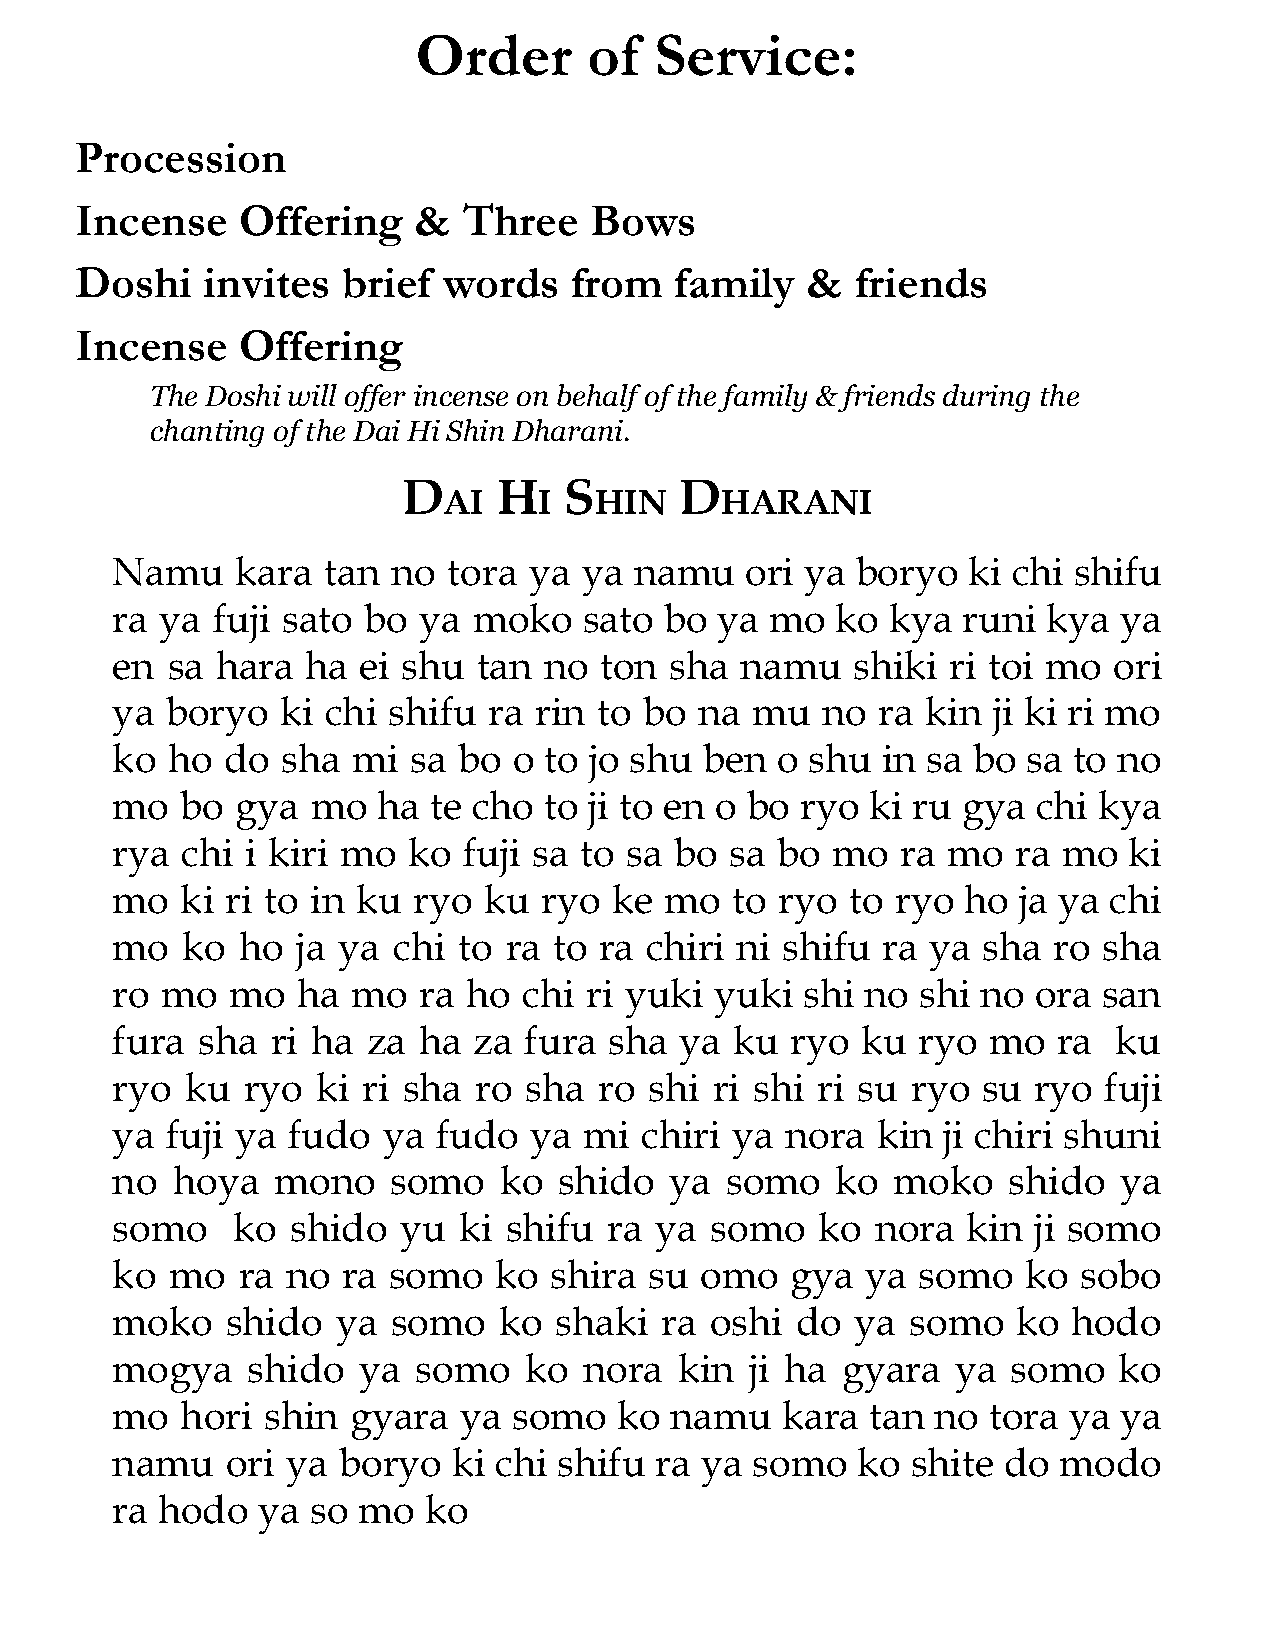
Order      of  Service:
 Procession
 Incense    Offering   &   Three   Bows
 Doshi   invites   brief words    from   family  &   friends
 Incense    Offering
 The Doshi will offer incense on behalf of the family & friends during the
 chanting of the Dai Hi Shin Dharani.
 D     H   S       D
 AI     I  HIN      HARANI
 ​  ​   ​ ​ ​   ​   ​
 Namu     kara tan  no  tora ya  ya namu   ori ya  boryo  ki chi shifu
 ra  ya fuji sato bo  ya moko    sato bo ya  mo  ko  kya  runi kya  ya
 en  sa hara  ha  ei shu  tan no  ton sha  namu   shiki  ri toi mo  ori
 ya  boryo   ki chi shifu ra rin  to bo na  mu  no  ra kin  ji ki ri mo
 ko  ho  do  sha mi  sa bo  o to jo shu  ben o  shu in sa bo  sa to no
 mo   bo  gya  mo  ha te cho  to ji to en o bo ryo  ki ru gya  chi kya
 rya  chi i kiri mo  ko  fuji sa to sa bo sa bo  mo   ra mo  ra mo   ki
 mo   ki ri to in ku ryo  ku  ryo  ke mo  to  ryo to ryo  ho ja ya chi
 mo   ko  ho  ja ya chi to ra  to ra chiri ni shifu ra  ya sha  ro sha
 ro  mo  mo   ha mo   ra ho  chi ri yuki yuki  shi no  shi no ora  san
 fura  sha  ri ha za  ha za  fura sha  ya  ku ryo  ku  ryo mo   ra  ku
 ryo  ku  ryo  ki ri sha ro  sha  ro shi ri shi ri su ryo  su ryo  fuji
 ya  fuji ya fudo  ya  fudo  ya  mi chiri ya  nora  kin ji chiri shuni
 no  hoya   mono    somo   ko  shido  ya  somo   ko  moko    shido  ya
 somo    ko  shido  yu  ki shifu  ra ya  somo   ko  nora  kin ji somo
 ko  mo   ra no  ra somo   ko shira  su omo   gya  ya  somo   ko sobo
 moko    shido  ya  somo   ko  shaki  ra oshi  do  ya somo   ko  hodo
 mogya    shido   ya  somo   ko  nora  kin  ji ha gyara  ya  somo   ko
 mo   hori shin  gyara  ya  somo   ko namu    kara  tan no tora  ya ya
 namu    ori ya boryo   ki chi shifu ra ya  somo   ko shite do  modo
 ra hodo   ya  so mo  ko